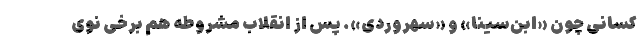
کسانی چون «ابن‌سینا» و «سهروردی». پس از انقلاب مشروطه هم برخی نوی